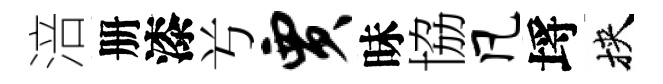
涪册漆𠔃贾昧協凡埓挾